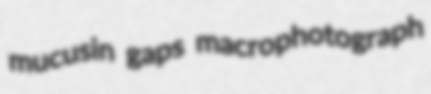
mucusin gaps macrophotograph